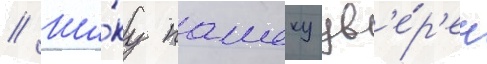
// Ши́ку пашеку ув'е́р'ен